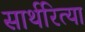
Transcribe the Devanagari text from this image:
सार्थरित्या